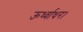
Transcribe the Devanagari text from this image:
ऊर्ध्वाधर।